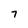
Character: 7